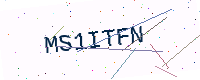
Text: MS1ITFN